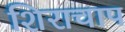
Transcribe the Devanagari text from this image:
शिराचाप